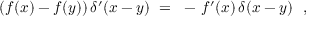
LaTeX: ( f ( x ) - f ( y ) ) \, \delta ^ { \prime } ( x - y ) ~ = ~ - \, f ^ { \prime } ( x ) \, \delta ( x - y ) ~ ~ ,